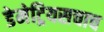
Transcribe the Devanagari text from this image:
डेमेट्रियसचाच